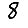
Digit: 8